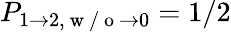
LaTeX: P_{1\to 2,\mathrm{~w~/~o~}\to 0}=1/2